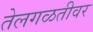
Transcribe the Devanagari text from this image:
तेलगळतीवर